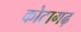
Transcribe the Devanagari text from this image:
कोटागढ़